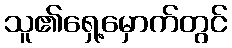
သူ၏ရှေ့မှောက်တွင်